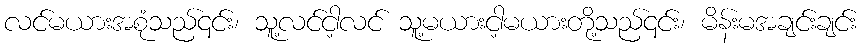
လင်မယားအစုံသည်၎င်း၊ သူ့လင်ငါ့လင် သူ့မယားငါ့မယားတို့သည်၎င်း၊ မိန်းမအချင်းချင်း